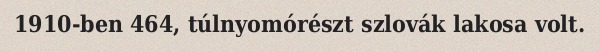
1910-ben 464, túlnyomórészt szlovák lakosa volt.